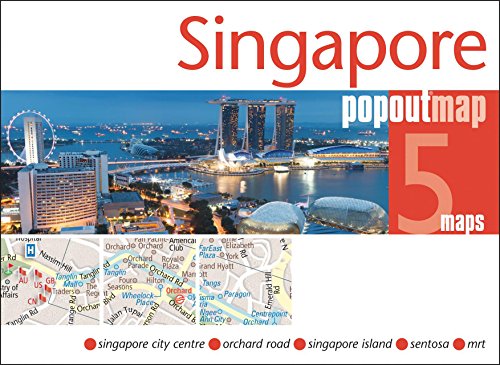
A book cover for Singapore PopOut Map (PopOut Maps); Travel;